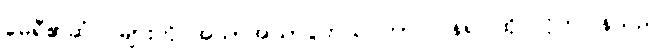
မေရီ၏ဆံပင်များကို အသာအယာပွတ်သပ်ကာ ပြန်၍ ထိုင်လိုက်ပြန်သည်။